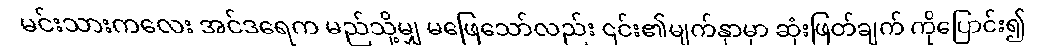
မင်းသားကလေး အင်ဒရေက မည်သို့မျှ မဖြေသော်လည်း ၎င်း၏မျက်နှာမှာ ဆုံးဖြတ်ချက် ကိုပြောင်း၍